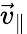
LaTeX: {\vec{v}}_{\parallel}